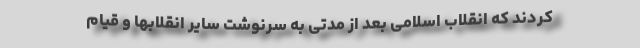
کردند که انقلاب اسلامی بعد از مدتی به سرنوشت سایر انقلابها و قیام